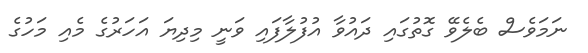
ނަމަވެސް ބެލެވޭ ގޮތުގައި ދައުވާ އުފުލާފައި ވަނީ މިދިޔަ އަހަރުގެ މެއި މަހުގެ